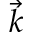
\vec { k }